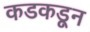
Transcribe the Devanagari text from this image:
कडकडून